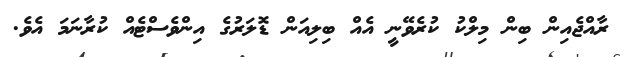
ރާއްޖެއިން ބިން މިލްކު ކުރެވޭނީ އެއް ބިލިއަން ޑޮލަރުގެ އިންވެސްޓެއް ކުރާނަމަ އެވެ.